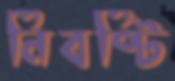
নিবষ্টি